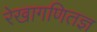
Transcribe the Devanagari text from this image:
रेखागणितज्ञ